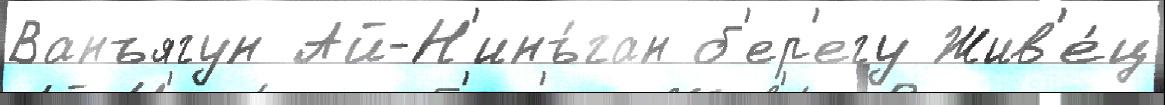
Ванъягун Ай-Н'инъ́ган б'ер'егу Жив'е́ц